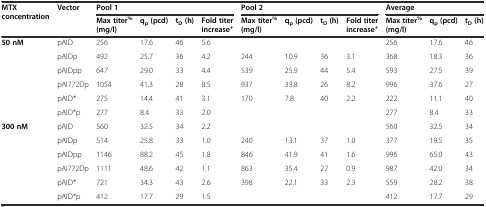
<table><thead><tr><td rowspan="2"><b>MTX concentration</b></td><td rowspan="2"><b>Vector</b></td><td colspan="4"><b>Pool 1</b></td><td colspan="4"><b>Pool 2</b></td><td colspan="3"><b>Average</b></td></tr><tr><td><b>Max titer<sup>%</sup>(mg/l)</b></td><td><b>q<sub>p</sub>(pcd)</b></td><td><b>t<sub>D</sub>(h)</b></td><td><b>Fold titer increase<sup>+</sup></b></td><td><b>Max titer<sup>%</sup>(mg/l)</b></td><td><b>q<sub>p</sub>(pcd)</b></td><td><b>t<sub>D</sub>(h)</b></td><td><b>Fold titer increase<sup>+</sup></b></td><td><b>Max titer<sup>%</sup>(mg/l)</b></td><td><b>q<sub>p</sub>(pcd)</b></td><td><b>t<sub>D</sub>(h)</b></td></tr></thead><tbody><tr><td rowspan="6"><b>50 nM</b></td><td>pAID</td><td>256</td><td>17.6</td><td>46</td><td>5.6</td><td></td><td></td><td></td><td></td><td>256</td><td>17.6</td><td>46</td></tr><tr><td>pAIDp</td><td>492</td><td>25.7</td><td>36</td><td>4.2</td><td>244</td><td>10.9</td><td>36</td><td>3.1</td><td>368</td><td>18.3</td><td>36</td></tr><tr><td>pAIDpp</td><td>647</td><td>29.0</td><td>33</td><td>4.4</td><td>539</td><td>25.9</td><td>44</td><td>5.4</td><td>593</td><td>27.5</td><td>39</td></tr><tr><td>pAI772Dp</td><td>1054</td><td>41.3</td><td>28</td><td>8.5</td><td>937</td><td>33.8</td><td>26</td><td>8.2</td><td>996</td><td>37.6</td><td>27</td></tr><tr><td>pAID*</td><td>275</td><td>14.4</td><td>41</td><td>3.1</td><td>170</td><td>7.8</td><td>40</td><td>2.2</td><td>222</td><td>11.1</td><td>40</td></tr><tr><td>pAID*p</td><td>277</td><td>8.4</td><td>33</td><td>2.0</td><td></td><td></td><td></td><td></td><td>277</td><td>8.4</td><td>33</td></tr><tr><td rowspan="6"><b>300 nM</b></td><td>pAID</td><td>560</td><td>32.5</td><td>34</td><td>2.2</td><td></td><td></td><td></td><td></td><td>560</td><td>32.5</td><td>34</td></tr><tr><td>pAIDp</td><td>514</td><td>25.8</td><td>33</td><td>1.0</td><td>240</td><td>13.1</td><td>37</td><td>1.0</td><td>377</td><td>19.5</td><td>35</td></tr><tr><td>pAIDpp</td><td>1146</td><td>88.2</td><td>45</td><td>1.8</td><td>846</td><td>41.9</td><td>41</td><td>1.6</td><td>996</td><td>65.0</td><td>43</td></tr><tr><td>pAI772Dp</td><td>1111</td><td>48.6</td><td>42</td><td>1.1</td><td>863</td><td>35.4</td><td>27</td><td>0.9</td><td>987</td><td>42.0</td><td>34</td></tr><tr><td>pAID*</td><td>721</td><td>34.3</td><td>43</td><td>2.6</td><td>398</td><td>22.1</td><td>33</td><td>2.3</td><td>559</td><td>28.2</td><td>38</td></tr><tr><td>pAID*p</td><td>412</td><td>17.7</td><td>29</td><td>1.5</td><td></td><td></td><td></td><td></td><td>412</td><td>17.7</td><td>29</td></tr></tbody></table>